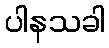
ပါနသခါ